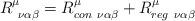
LaTeX: \begin{align*}R^\mu_{\ \nu\alpha\beta}=R^\mu_{con \ \nu\alpha\beta}+R^\mu_{reg \ \nu\alpha\beta}\end{align*}